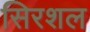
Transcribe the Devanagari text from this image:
सिरशल